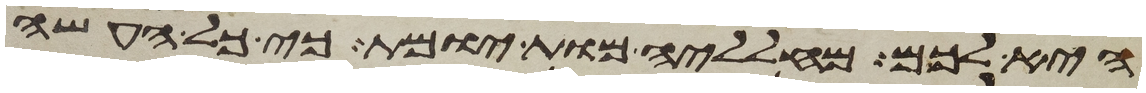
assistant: היא לכם מחלליה מות יומת כי כל העשה